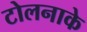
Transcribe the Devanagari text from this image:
टोलनाके